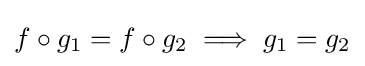
f\circ g_{1}=f\circ g_{2}\implies g_{1}=g_{2}